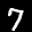
Label: 7